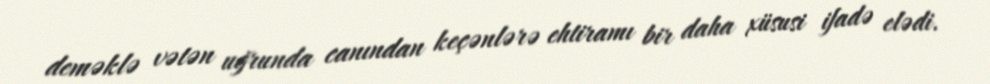
deməklə vətən uğrunda canından keçənlərə ehtiramı bir daha xüsusi ifadə elədi.